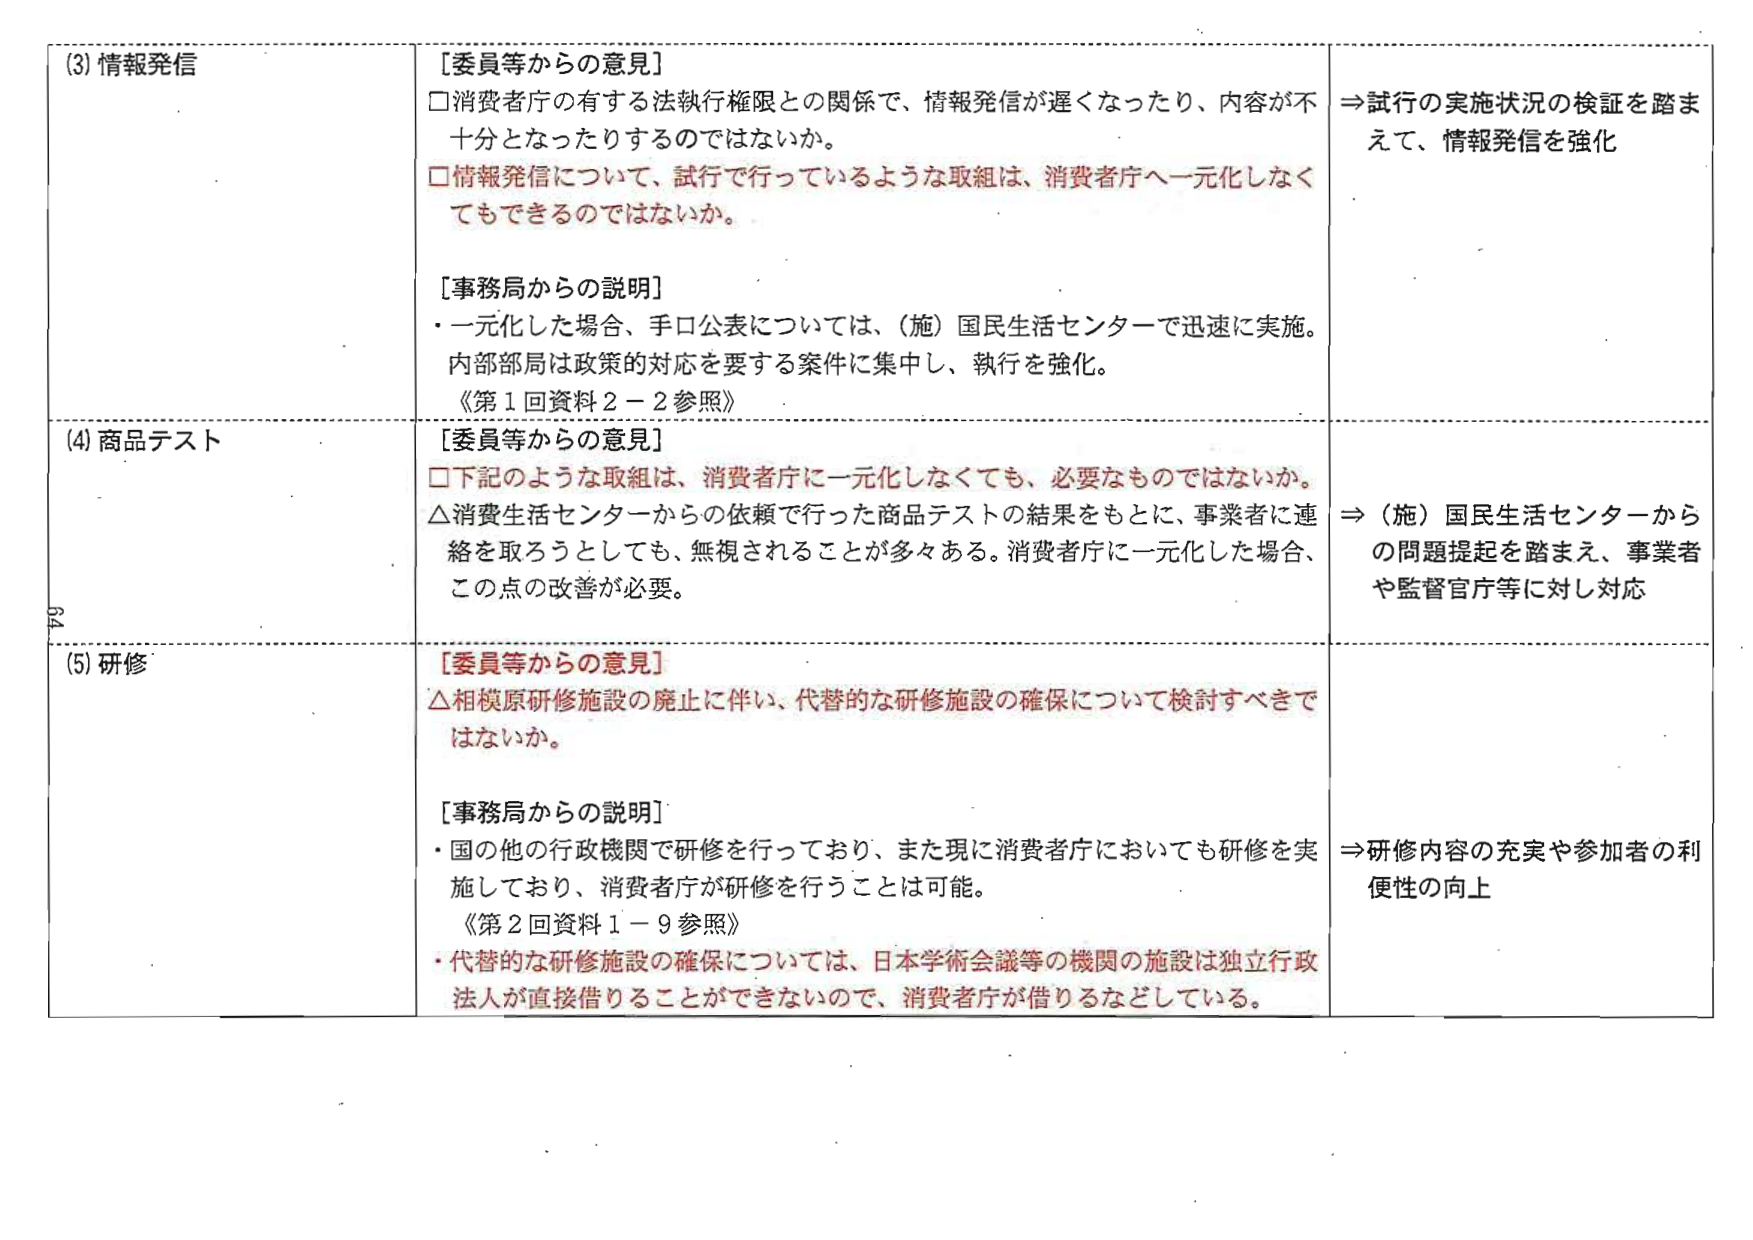
(3) 情報発信
[委員等からの意見]
□ 消費者庁の有する法執行権限との関係で、情報発信が遅くなったり、内容が不十分となったりするのではないか。
□ 情報発信について、試行で行っているような取組は、消費者庁へ一元化しなくてもできるのではないか。

[事務局からの説明]
・一元化した場合、手口公表については、（施）国民生活センターで迅速に実施。内部部局は政策的対応を要する案件に集中し、執行を強化。
《第1回資料2－2参照》

⇒ 試行の実施状況の検証を踏まえて、情報発信を強化

(4) 商品テスト
[委員等からの意見]
□ 下記のような取組は、消費者庁に一元化しなくても、必要なものではないか。
△ 消費生活センターからの依頼で行った商品テストの結果をもとに、事業者に連絡を取ろうとしても、無視されることが多々ある。消費者庁に一元化した場合、この点の改善が必要。

⇒ （施）国民生活センターからの問題提起を踏まえ、事業者や監督官庁等に対し対応

(5) 研修
[委員等からの意見]
△ 相模原研修施設の廃止に伴い、代替的な研修施設の確保について検討すべきではないか。

[事務局からの説明]
・国の他の行政機関で研修を行っており、また現に消費者庁においても研修を実施しており、消費者庁が研修を行うことは可能。
《第2回資料1－9参照》
・代替的な研修施設の確保については、日本学術会議等の機関の施設は独立行政法人が直接借りることができないので、消費者庁が借りるなどしている。

⇒ 研修内容の充実や参加者の利便性の向上

64